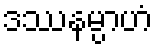
ဒဿနမ္ပာဟံ